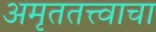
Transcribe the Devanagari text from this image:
अमृततत्त्वाचा